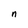
Character: n